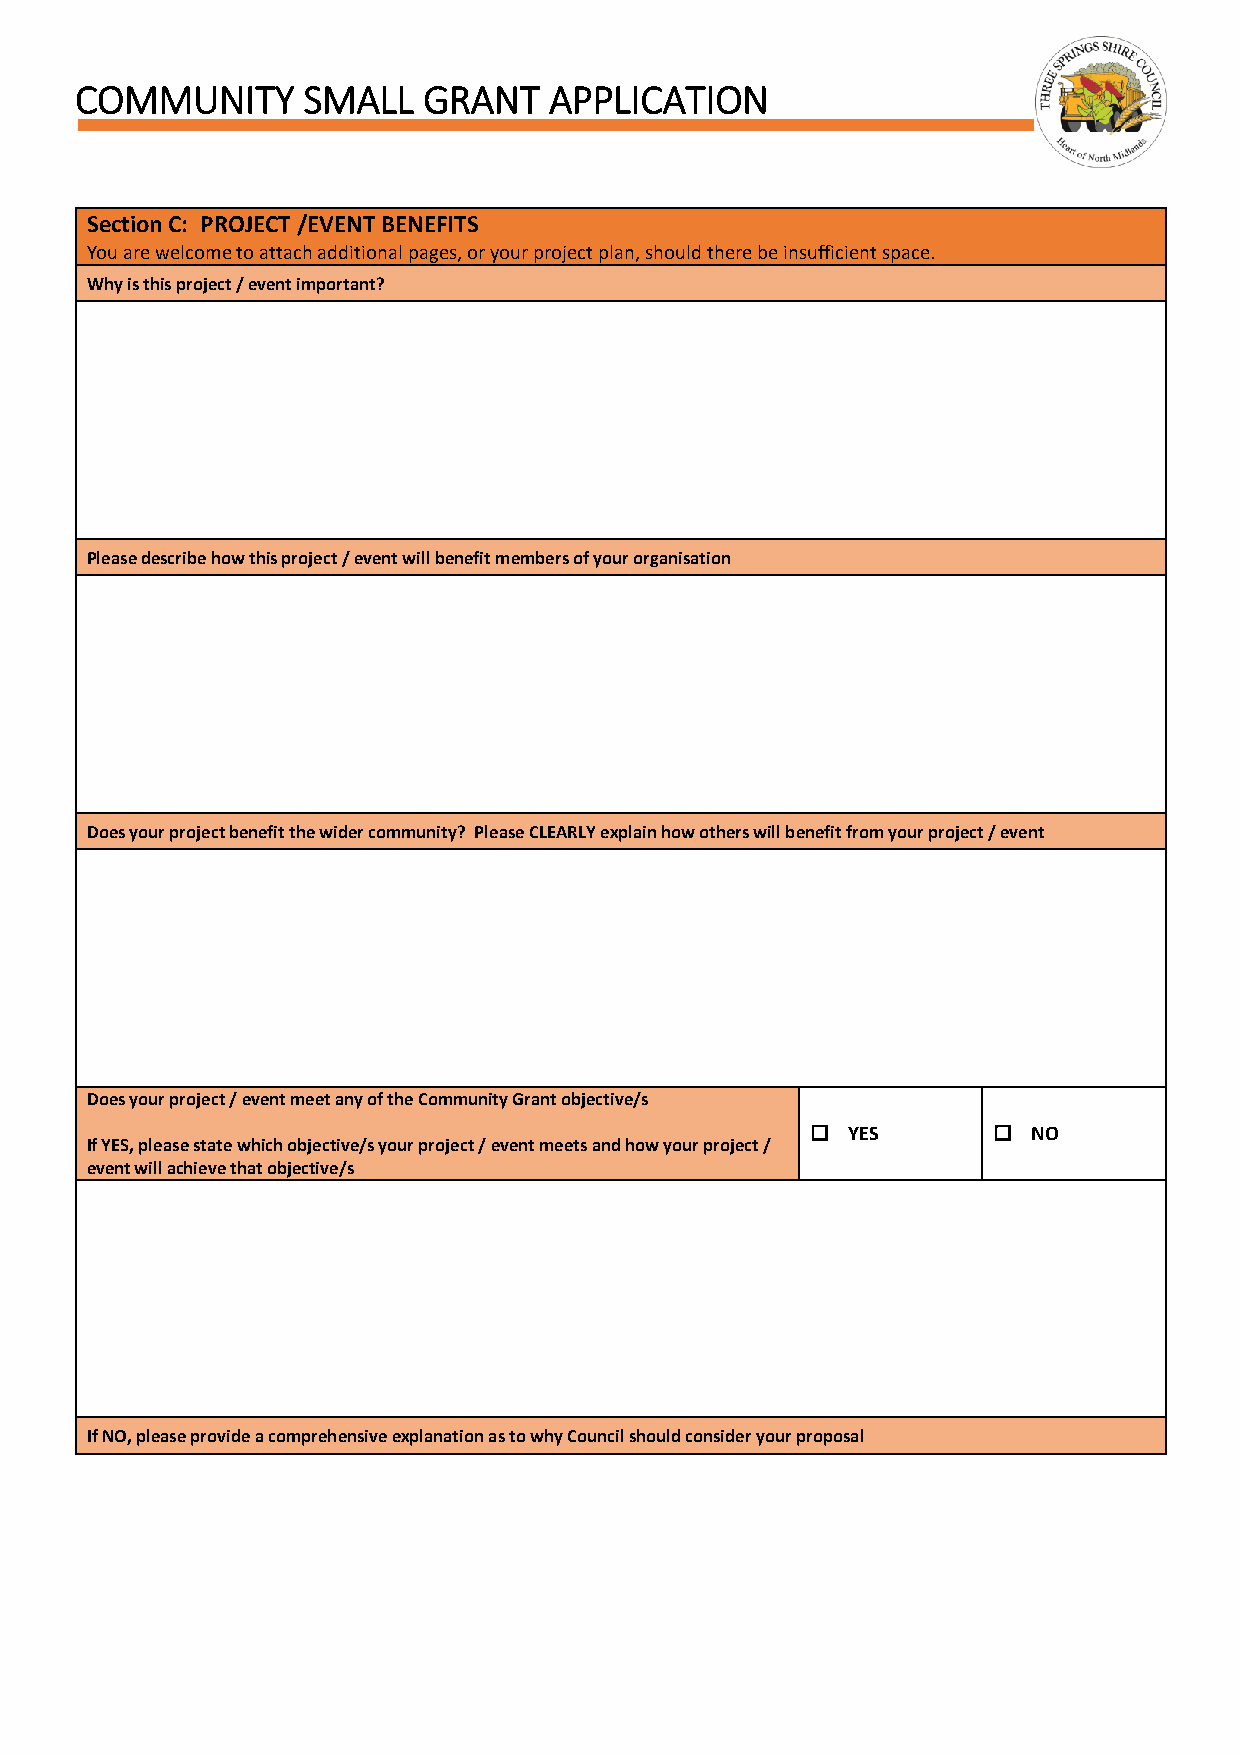
COMMUNITY      SMALL   GRANT   APPLICATION
 Section C: PROJECT /EVENT BENEFITS
 You are welcome to attach additional pages, or your project plan, should there be insufficient space.
 Why is this project / event important?
 Please describe how this project / event will benefit members of your organisation
 Does your project benefit the wider community? Please CLEARLY explain how others will benefit from your project / event
 Does your project / event meet any of the Community Grant objective/s
  YES        NO
 If YES, please state which objective/s your project / event meets and how your project /
 event will achieve that objective/s
 If NO, please provide a comprehensive explanation as to why Council should consider your proposal